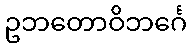
ဥဘတောဝိဘင်္ဂေ